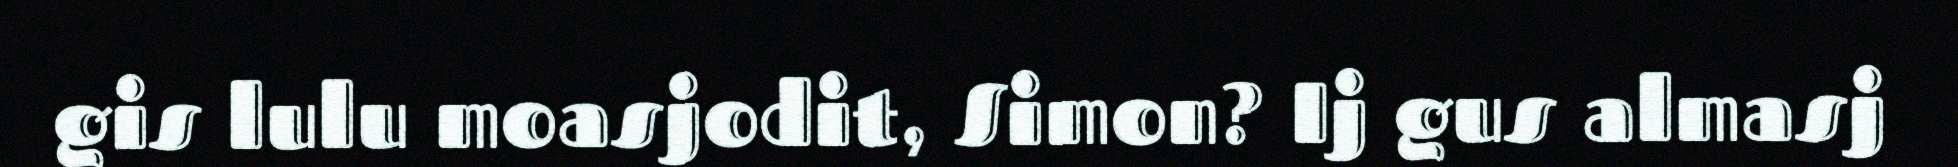
gis lulu moasjodit, Simon? Ij gus almasj